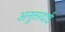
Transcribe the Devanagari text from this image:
अनुत्तरदाई